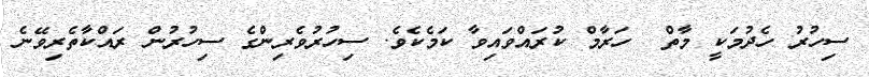
ސިހުރު ހެދުމަކީ މާތް  ހަރާމް ކުރައްވައިވާ ކަމެކެވެ. ސިހުރުވެރިންގެ ސިހުރުން ރައްކާތެރިވޭނެ